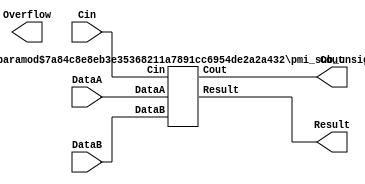
// --------------------------------------------------------------------
// >>>>>>>>>>>>>>>>>>>>>>>>> COPYRIGHT NOTICE <<<<<<<<<<<<<<<<<<<<<<<<<
// --------------------------------------------------------------------
// Copyright (c) 2005-2010 by Lattice Semiconductor Corporation
// --------------------------------------------------------------------
//
//
//                     Lattice Semiconductor Corporation
//                     5555 NE Moore Court
//                     Hillsboro, OR 97214
//                     U.S.A.
//
//                     TEL: 1-800-Lattice  (USA and Canada)
//                          1-408-826-6000 (other locations)
//
//                     web: http://www.latticesemi.com/
//
// --------------------------------------------------------------------
//
// Simulation Library File for PMI Subtractor
//
// Paramater Definition
//Name                         Value                                   Default
/*
------------------------------------------------------------------------------
 pmi_data_width               <integer>                                    8
 pmi_result_width             <integer>                                    8
 pmi_sign                     "on"|"off"                                 "off"
 pmi_family  "EC"|"XP"|"XP2"|"SC"|"SCM"|"ECP"|"ECP2"|"ECP2M"|"ECP3"|"ECP4"|"XO"|"XO2"|"LPTM"  "EC"
------------------------------------------------------------------------------
Note: 
 
 1. Cin should be tied to HI if Carry-in is not being used.
 
 2. To get a subtractor without Cout or Overflow, leave Cout and Overflow 
    ports unconnected.
 
 4. For signed subtractor, Overflow ports should be used; Cout port should 
    be left unconneced.
 
 5. For unsigned subtractor, Carry port should be used; Overflow port 
    should be left unconnected.

WARNING: Do not change the default parameters in this model. Parameter 
redefinition must be done using defparam or in-line (#) paramater 
redefinition in a top level file that instantiates this model.
 
*/ 
 
// fpga\verilog\pkg\versclibs\data\pmi\pmi_sub.v 1.9 29-DEC-2010 13:11:54 IALMOHAN

`timescale 1 ns / 1 ps
module pmi_sub #(parameter pmi_data_width = 8,
		 parameter pmi_result_width = 8,
		 parameter pmi_sign = "off",
		 parameter pmi_family = "EC",
		 parameter module_type = "pmi_sub"
		 )

  (
   input [pmi_data_width-1:0] DataA,
   input [pmi_data_width-1:0] DataB,
   input Cin,
   output [pmi_data_width-1:0] Result,
   output Cout,
   output Overflow)/*synthesis syn_black_box */;

   //synopsys translate_off
   tri0   Cin_wire;
   //synopsys translate_on

   buf (Cin_wire, Cin);

   //pragma translate_off
   generate
      if (pmi_sign == "off")
      pmi_sub_unsign #(.pmi_data_width(pmi_data_width),
		       .pmi_result_width(pmi_result_width)
		       )
      unsign_inst (
		   .DataA(DataA),
		   .DataB(DataB),
		   .Cin(Cin_wire),
		   .Result(Result),
		   .Cout(Cout)
		   );
      else
      pmi_sub_sign #(.pmi_data_width(pmi_data_width),
		     .pmi_result_width(pmi_result_width)
		     )
      sign_inst (
		   .DataA(DataA),
		   .DataB(DataB),
		   .Cin(Cin_wire),
		   .Result(Result),
		   .Overflow(Overflow)
		 );
   endgenerate
   //pragma translate_on

endmodule // pmi_sub

//SubModules
module pmi_sub_unsign #(parameter pmi_data_width = 8,
			parameter pmi_result_width = 8)
  (
   input [pmi_data_width-1:0] DataA,
   input [pmi_data_width-1:0] DataB,
   input Cin,
   output [pmi_data_width-1:0] Result,
   output Cout);
   
   wire 		       temp_cout;
   
   assign 		       Cout = ~temp_cout;
   
   assign 		       {temp_cout, Result} = DataA - DataB - !Cin;
   
endmodule // pmi_sub_unsign
// 		       
module pmi_sub_sign #(parameter pmi_data_width = 8,
		      parameter pmi_result_width = 8)
  (
   input [pmi_data_width-1:0] DataA,
   input [pmi_data_width-1:0] DataB,
   input Cin,
   output [pmi_data_width-1:0] Result,
   output Overflow);
  
   wire [pmi_data_width-1:0] tmp_Result;

   assign 		     tmp_Result = (Cin == 1) ? (DataA - DataB) : (DataA - DataB - 1);
   
   assign 		     Overflow = (DataA[pmi_data_width-1] != DataB[pmi_data_width-1]) && (DataA[pmi_data_width-1] != tmp_Result[pmi_data_width-1]) ? 1:0;

   assign 		     Result = tmp_Result[pmi_data_width-1:0];

endmodule // pmi_sub_sign